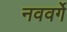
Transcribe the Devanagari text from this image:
नववर्गे